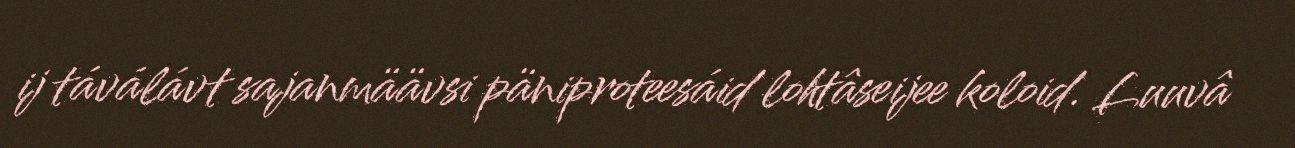
ij táválávt sajanmäävsi päniproteesáid lohtâseijee koloid. Luuvâ